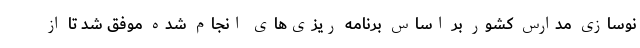
نوسازی مدارس کشور بر اساس برنامه ریزی‌های انجام شده موفق شد تا از